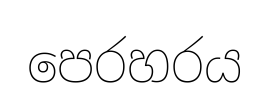
පෙරහරය